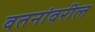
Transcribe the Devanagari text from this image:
वतनांवरील